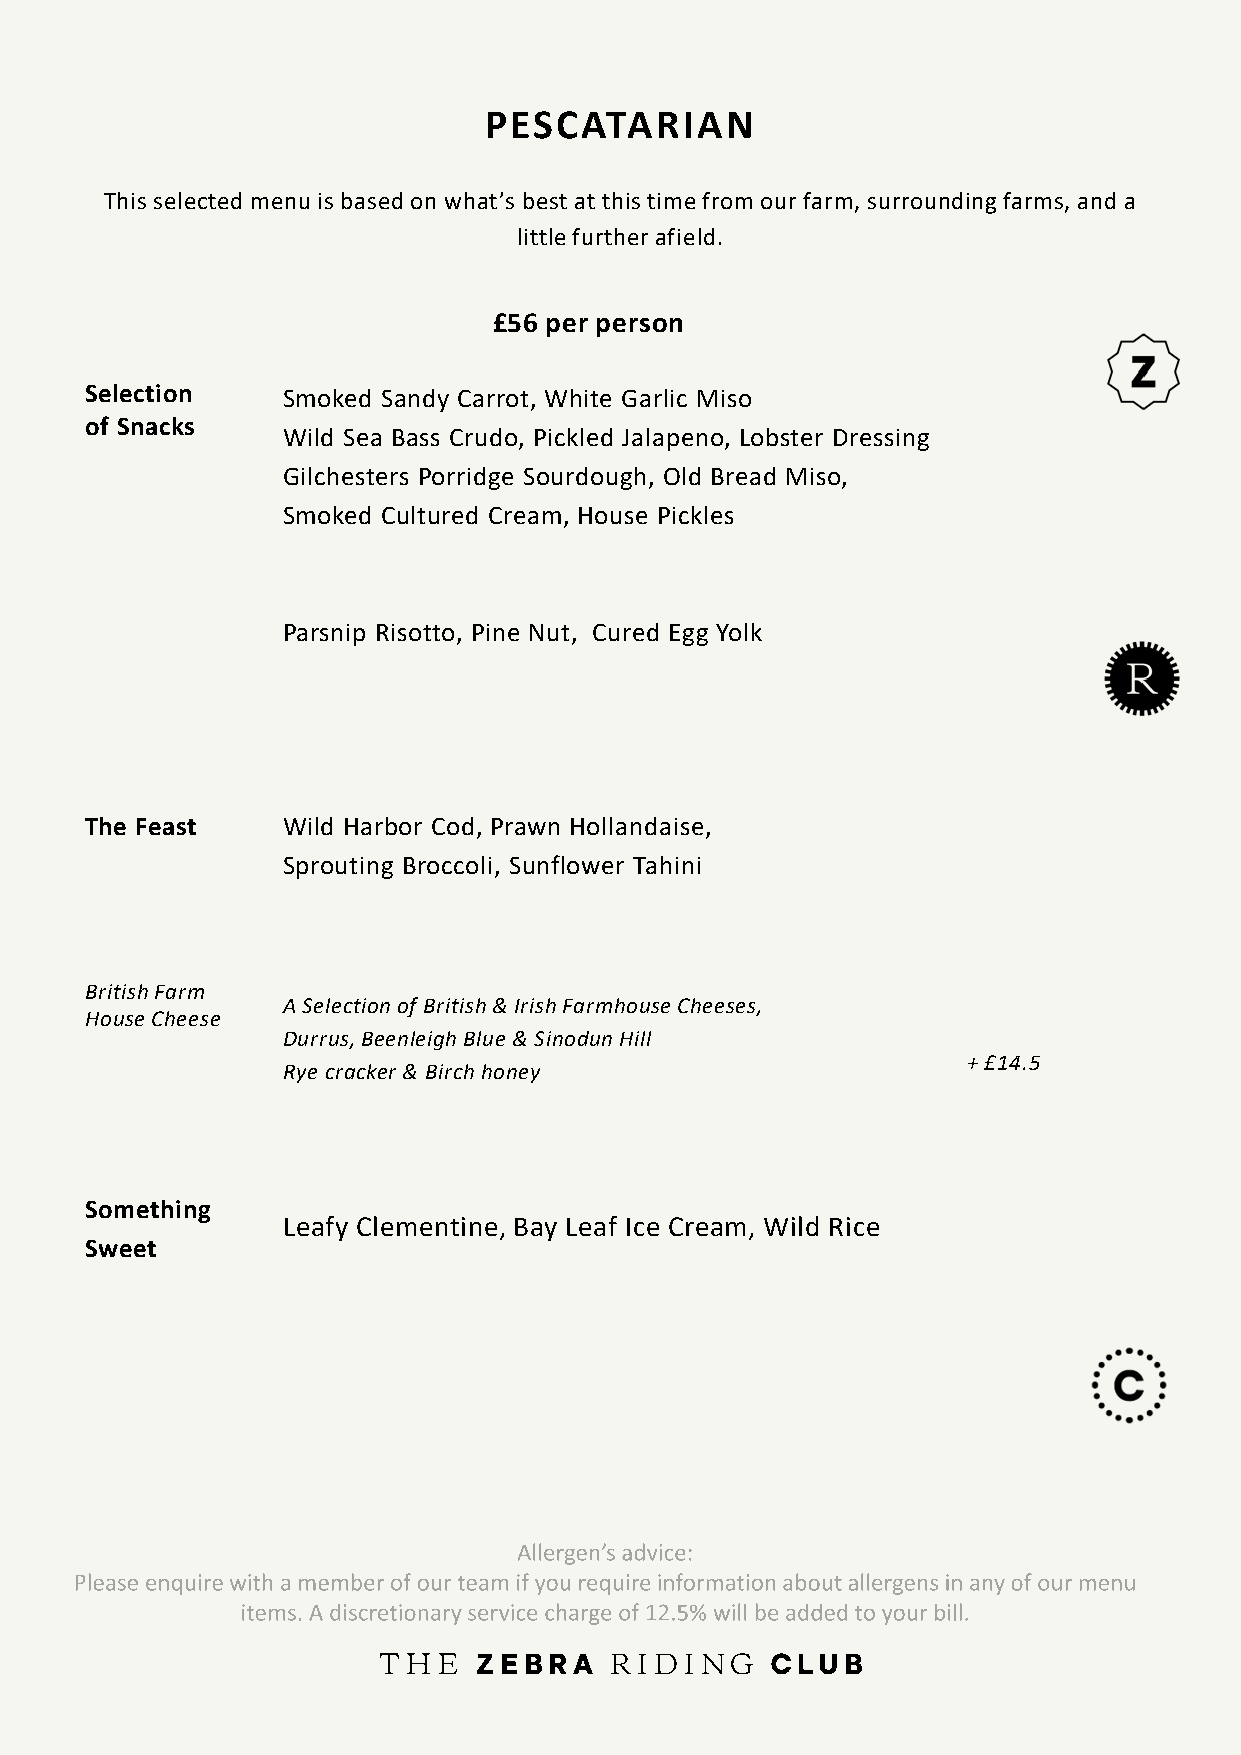
PESCATARIAN
 This selected menu is based on what’s best at this time from our farm, surrounding farms, and a
 little further afield.
 £56 per person
 Selection    Smoked Sandy Carrot, White Garlic Miso
 of Snacks
 Wild Sea Bass Crudo, Pickled Jalapeno, Lobster Dressing
 Gilchesters Porridge Sourdough, Old Bread Miso,
 Smoked Cultured Cream, House Pickles
 Parsnip Risotto, Pine Nut, Cured Egg Yolk
 The Feast    Wild Harbor Cod, Prawn Hollandaise,
 Sprouting Broccoli, Sunflower Tahini
 British Farm
 A Selection of British & Irish Farmhouse Cheeses,
 House Cheese
 Durrus, Beenleigh Blue & SinodunHill
 + £14.5
 Rye cracker & Birch honey
 Something
 Leafy Clementine, Bay Leaf Ice Cream, Wild Rice
 Sweet